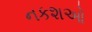
નકશઓ